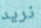
نريد